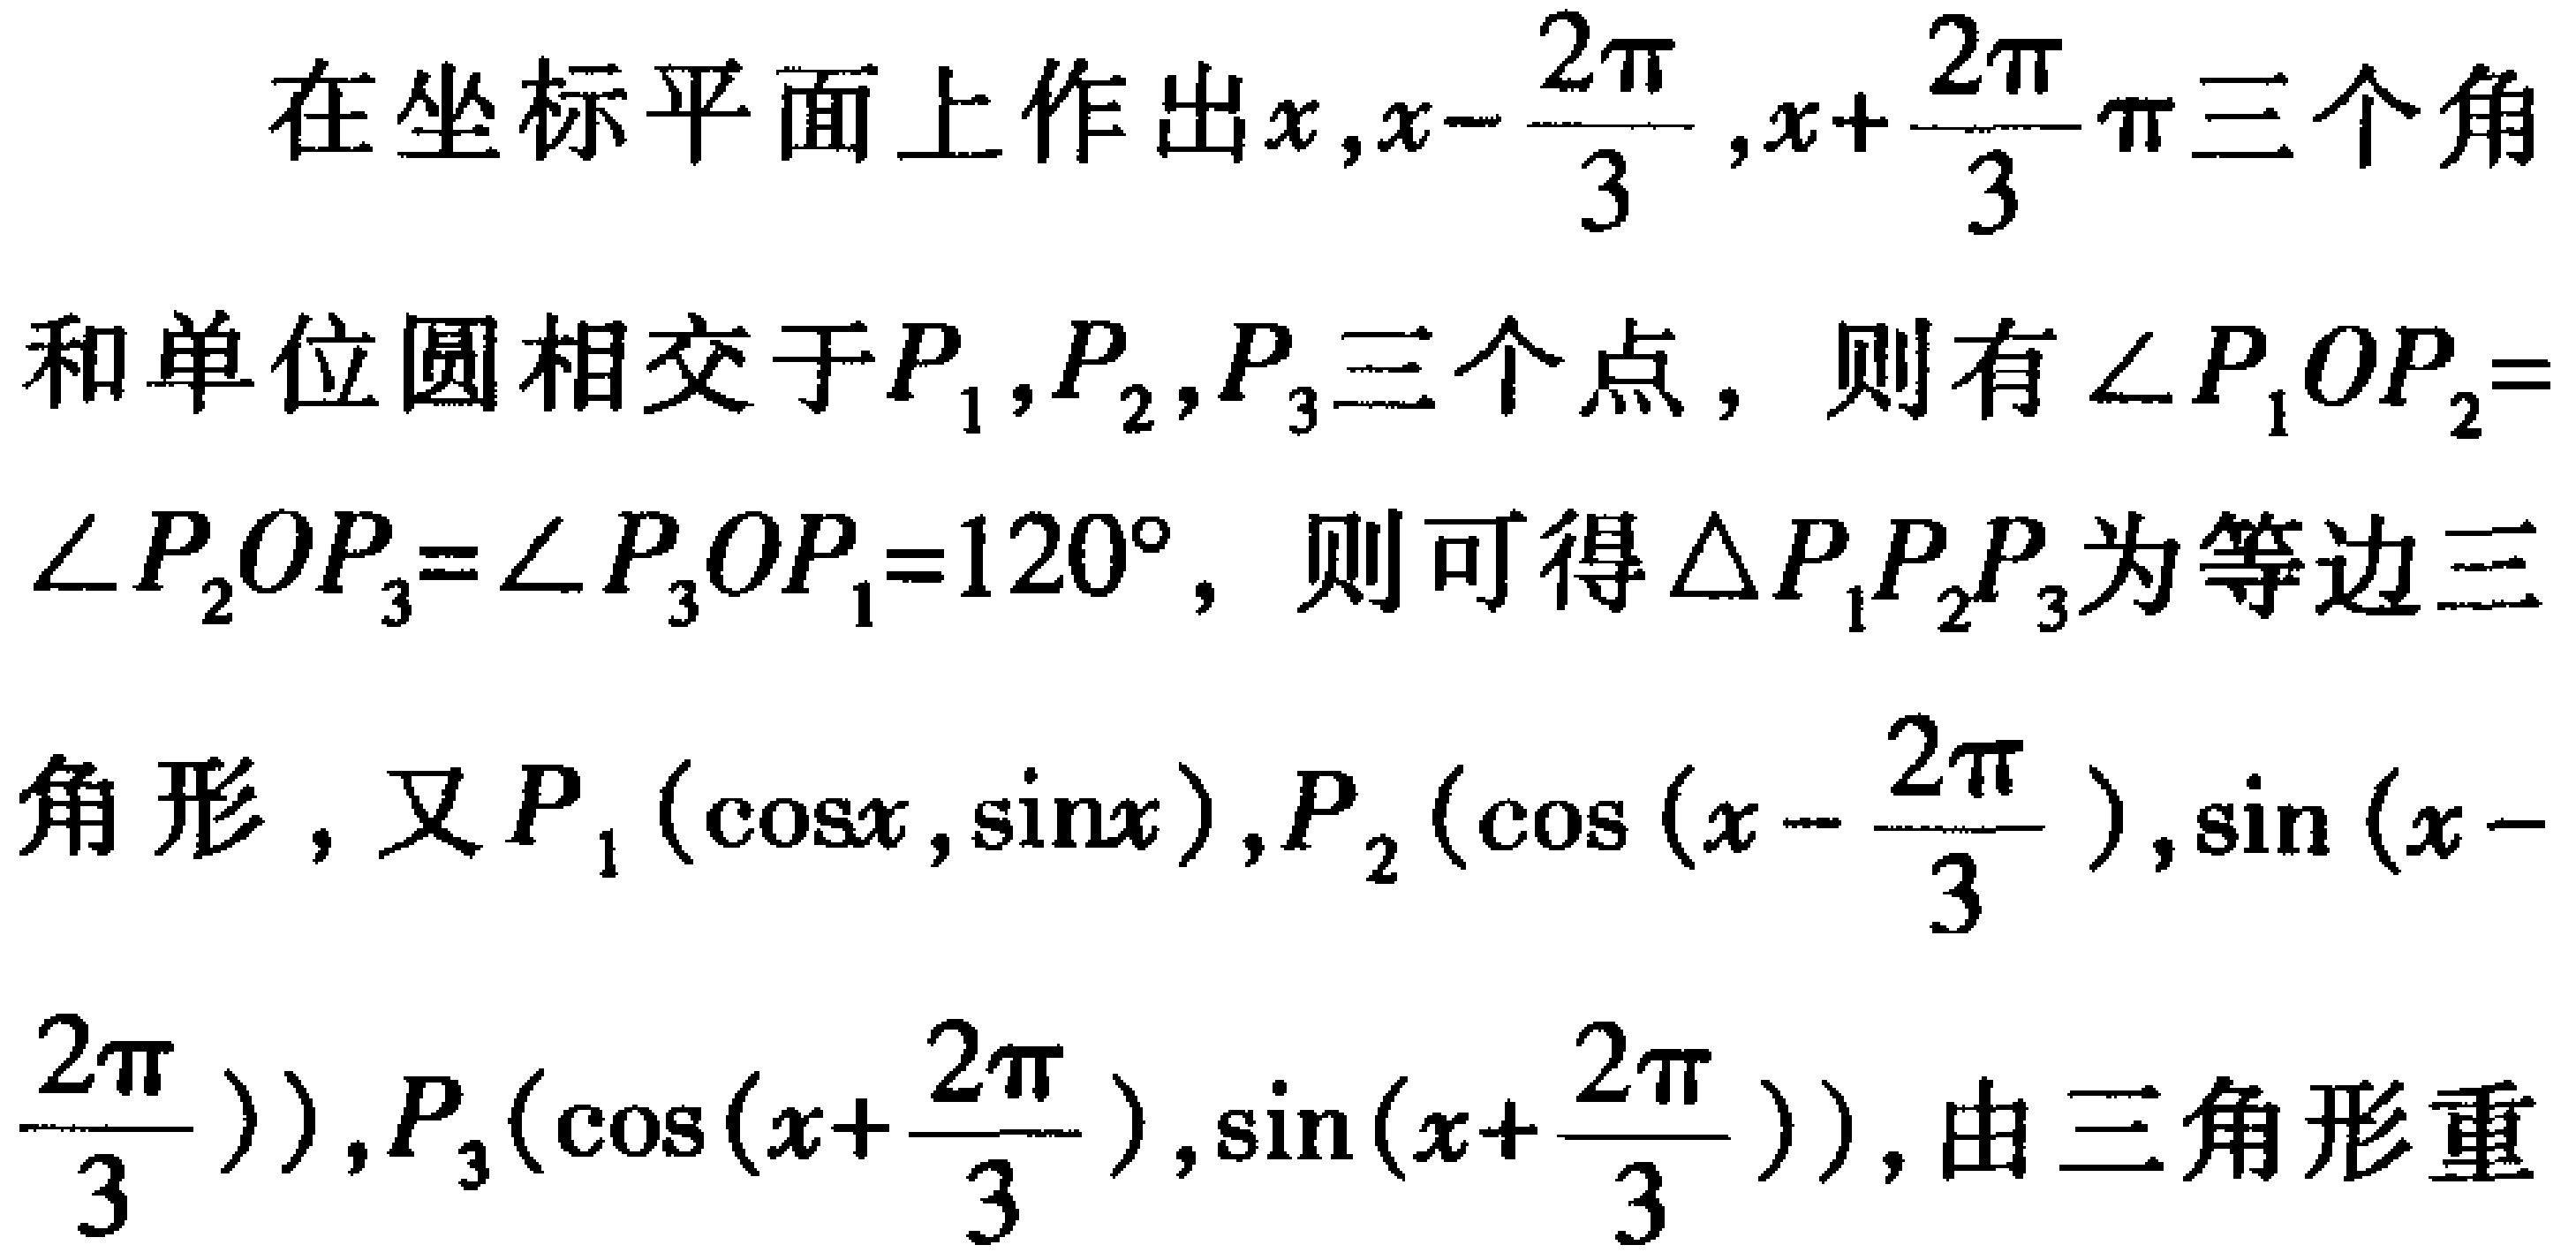
在坐标平面上作出\(x,x - \frac{2\pi}{3},x + \frac{2\pi}{3}\pi\)三个角和单位圆相交于\(P_1,P_2,P_3\)三个点，则有\(\angle P_1OP_2 = \angle P_2OP_3=\angle P_3OP_1 = 120^{\circ}\)，则可得\(\triangle P_1P_2P_3\)为等边三角形，又\(P_1(\cos x,\sin x),P_2(\cos(x - \frac{2\pi}{3}),\sin(x - \frac{2\pi}{3})),P_3(\cos(x + \frac{2\pi}{3}),\sin(x + \frac{2\pi}{3}))\)，由三角形重